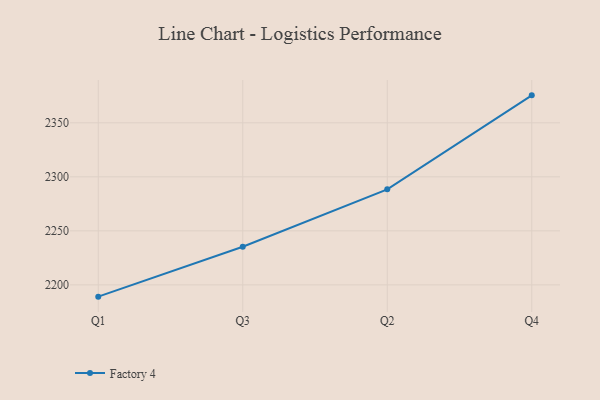
{"axis": {"x": "Quarter", "y": "Revenue (USD Million)"}, "legend": ["Factory 4"], "data": [{"x": "Q1", "y": 2189.1, "type": "Factory 4"}, {"x": "Q3", "y": 2235.3, "type": "Factory 4"}, {"x": "Q2", "y": 2288.4, "type": "Factory 4"}, {"x": "Q4", "y": 2375.4, "type": "Factory 4"}]}